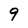
Character: 9